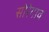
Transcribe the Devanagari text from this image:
सोरेगाव